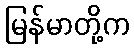
မြန်မာတို့က